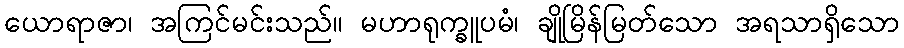
ယောရာဇာ၊ အကြင်မင်းသည်။ မဟာရုက္ခူပမံ၊ ချိုမြိန်မြတ်သော အရသာရှိသော